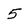
Character: 5